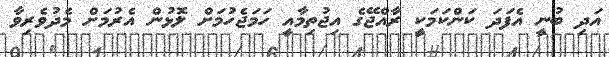
އަދި ބުނީ އެފަދަ ކަންކަމަކީ ރާއްޖޭގެ އިޖުތިމާއީ ހަމަޖެހުމަށް ލޮޅުން އެރުމަށް މެދުވެރިވާ